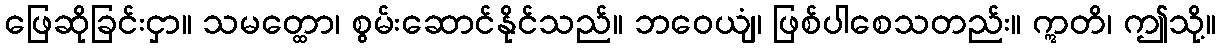
ဖြေဆိုခြင်းငှာ။ သမတ္ထော၊ စွမ်းဆောင်နိုင်သည်။ ဘဝေယျံ၊ ဖြစ်ပါစေသတည်း။ ဣတိ၊ ဤသို့။